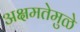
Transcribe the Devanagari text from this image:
अक्षमतेमुळे